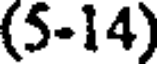
(5-14)